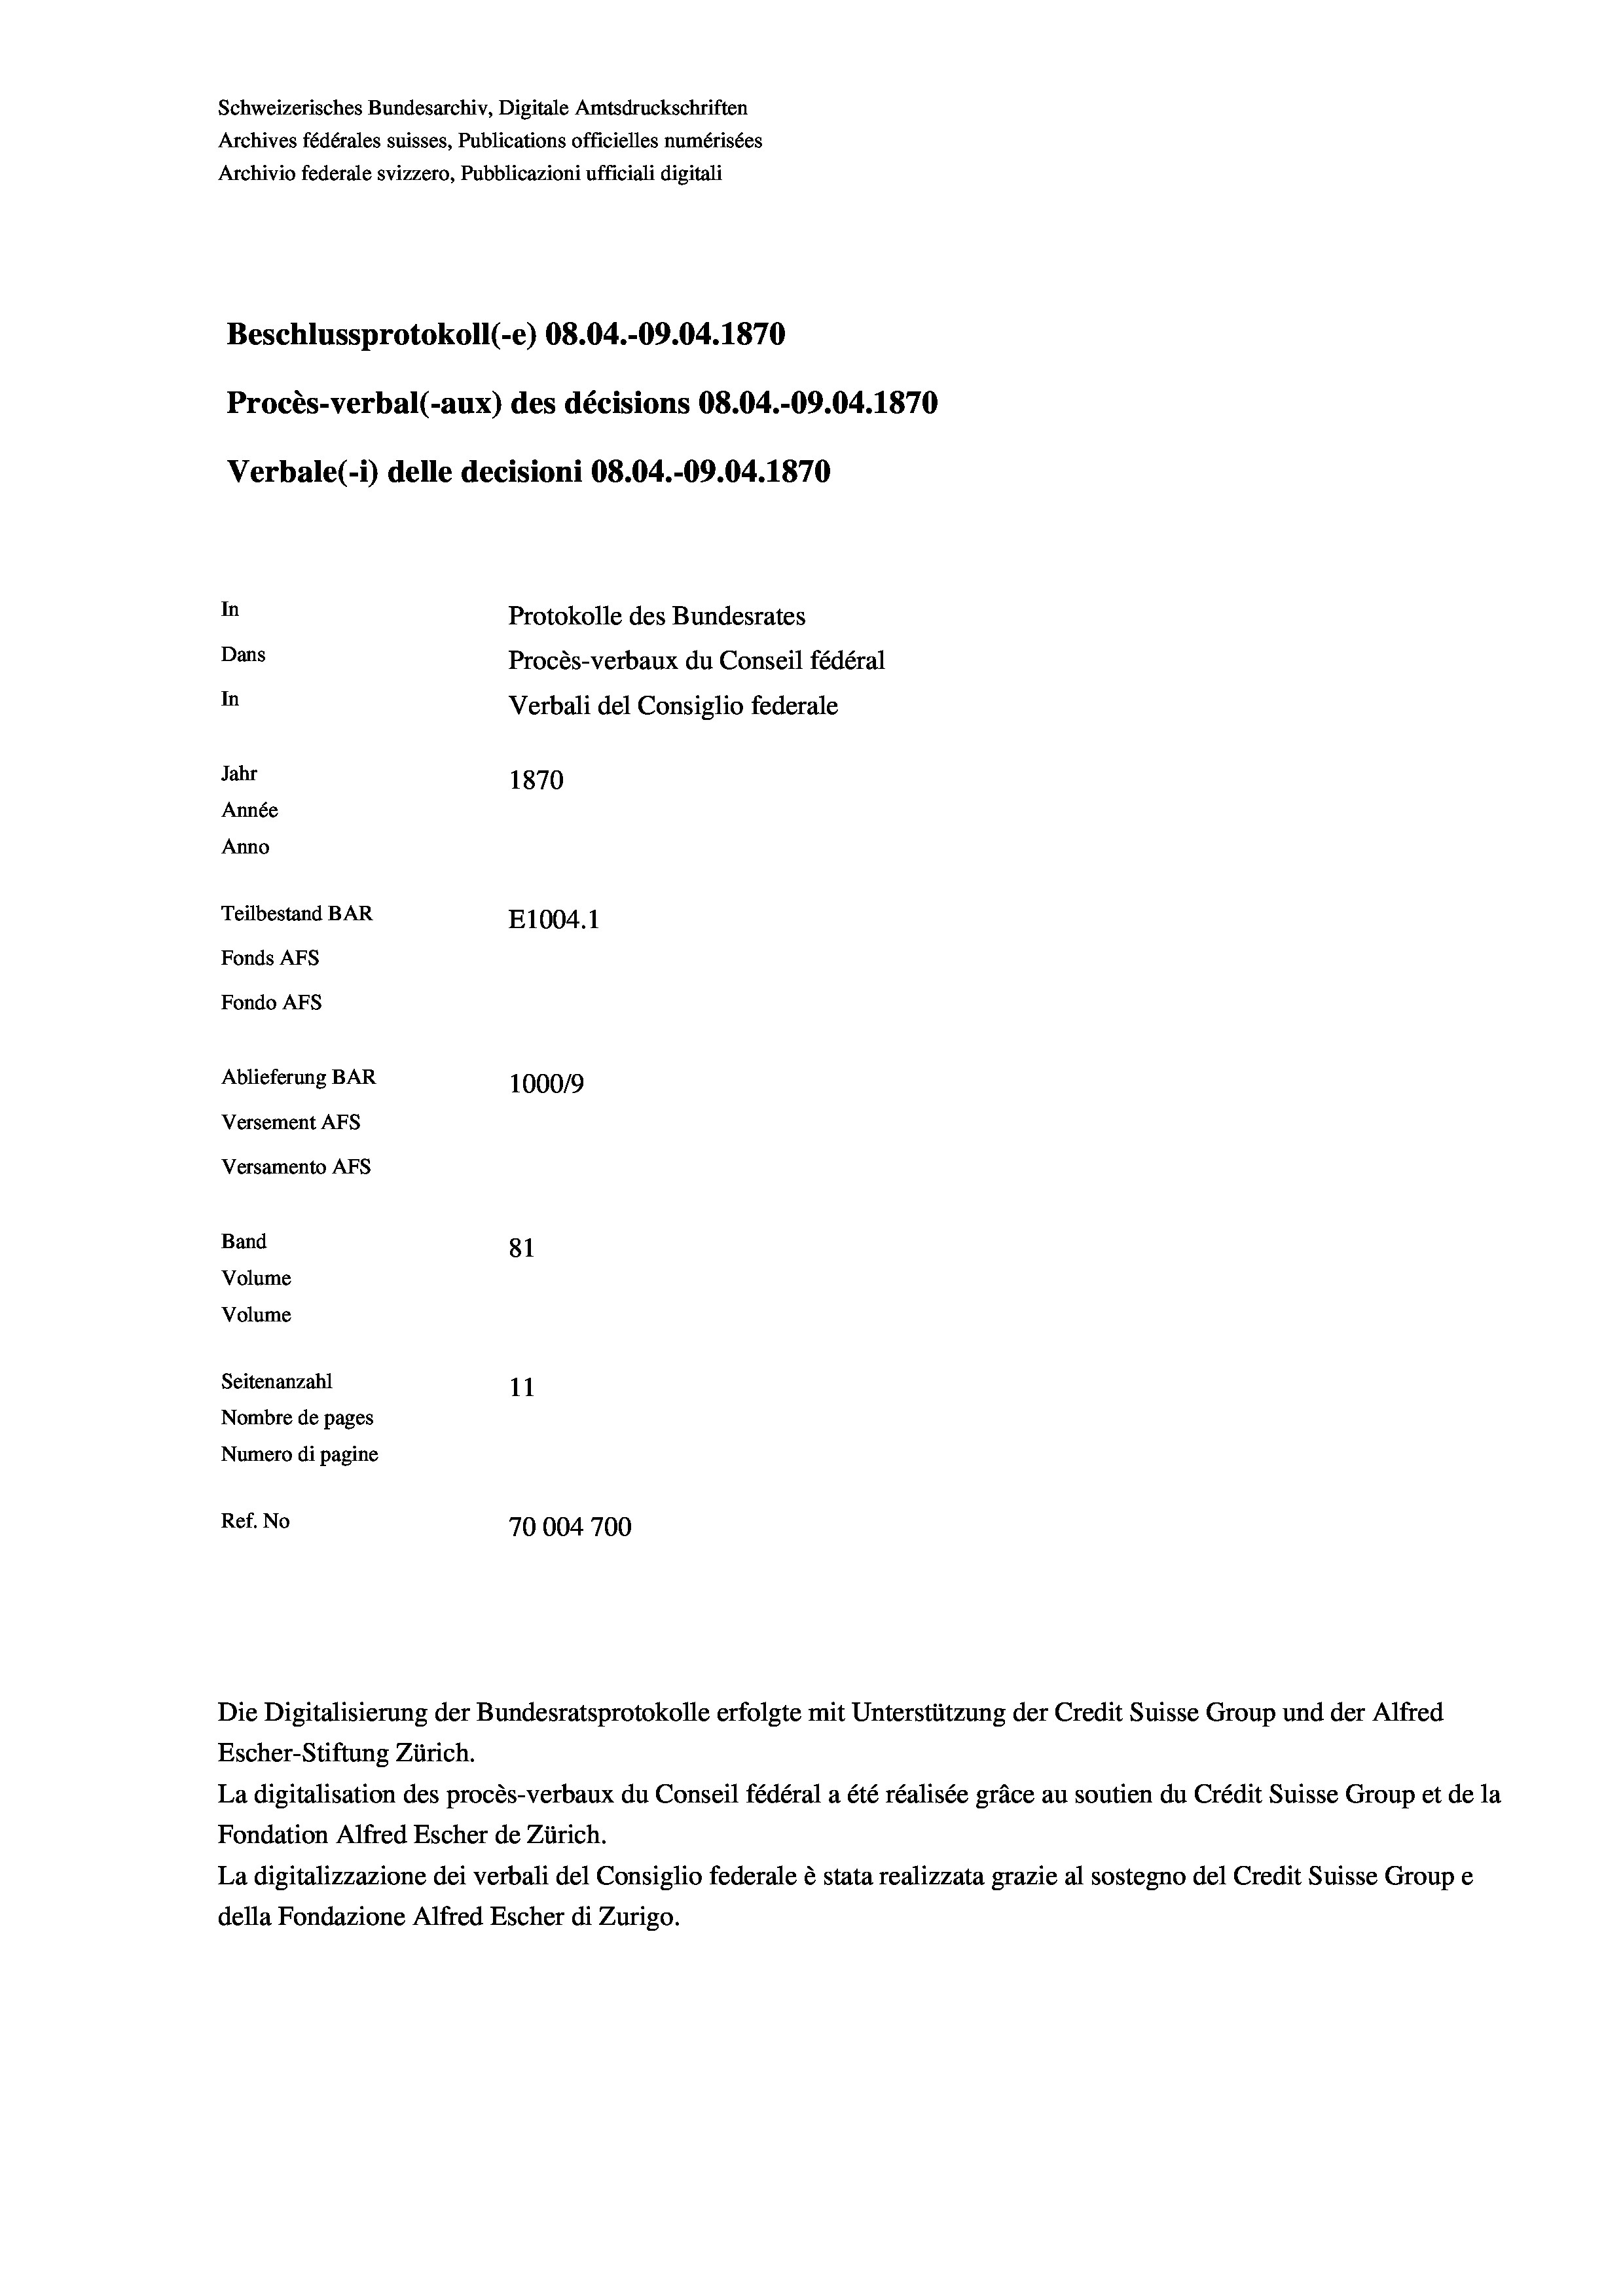
Schweizerisches Bundesarchiv, Digitale Amtsdruckschriften
Archives fédérales suisses, Publications officielles numérisées
Archivio federale svizzero, Pubblicazioni ufficiali digitali
Beschlussprotokoll (-e) 08.04.-09.04. 1870
Procès-verbal (-aux) des décisions 08.04.-09.04. 1870
Verbale (1) delle decisioni 08.04.-09.04. 1870
In
Protokolle des Bundesrates
Dans
Procès-verbaux du Conseil fédéral
In
Verbali del Consiglio federale
Jahr
1870
Année
Anno
Teilbestand BAR
E1004.1
Fonds AFs
Fondo AFS

Ablieferung BAR
Versement AFs
Versamento AFs
Band
Volume
Volume
Seitenanzahl

100019
81
11
Nombre de pages
Numero di pagine
Ref. No
70004700

Escher-Stiftung Zürich.
La digitalisation des procès-verbaux du Conseil fédéral a été réalisée gräce au soutien du Crédit Suisse Group et de la
Fondation Alfred Escher de Zürich.
La digitalizzazione dei verbali del Consiglio federale è stata realizzata grazie al sostegno del Credit Suisse Groupe
della Fondazione Alfred Escher di Zurigo.

Die Digitalisierung der Bundesratsprotokolle erfolgte mit Unterstützung der Credit Suisse Group und der Alfred